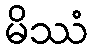
မိဿံ